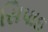
સિપાઇ